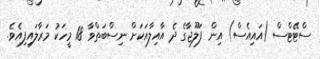
ސްޓޭޓްސް (އައިއެސް) އިން ފަލޫޖާގެ ދެ އާއިލާއަކަށް ނިސްބަތްވާ 18 މީހަކު މަރާލައިފިއެވެ.